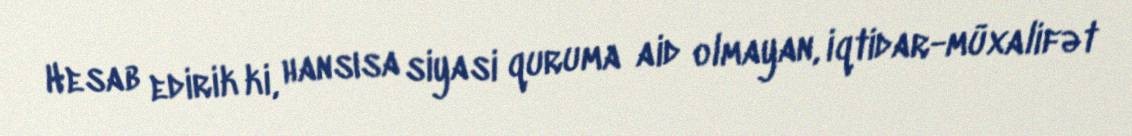
Hesab edirik ki, hansısa siyasi quruma aid olmayan, iqtidar-müxalifət